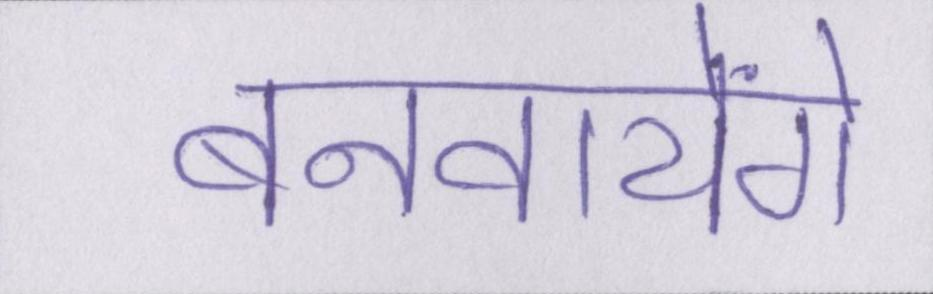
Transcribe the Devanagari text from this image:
बनवायेंगे